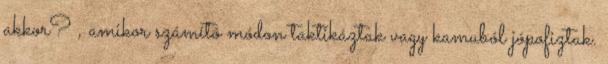
akkor? , amikor számító módon taktikáztak vagy kamuból jópofiztak.